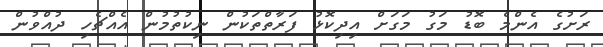
ރަށުގެ އެންމެ ބޮޑު މަގު މަގަށް އިދިކޮޅު ފަރާތްތަކުން ނިކުތުމުން އެއްޗެހި ދުއްވުން